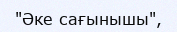
"Әке сағынышы",